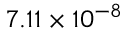
7 . 1 1 \times 1 0 ^ { - 8 }